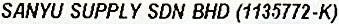
SANYU SUPPLY SDN BHD (1135772-K)